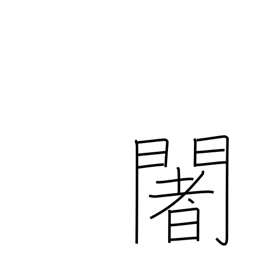
Meaning: used phonetically